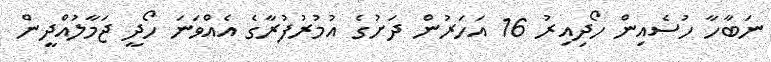
ނަބާހާ ހުސެއިން ހޯދިއިރު 16 އަހަރުން ދަށުގެ އުމުރުފުރާގެ އެއްވަނަ ހޯދީ ޖަމާލުއްދީން